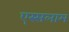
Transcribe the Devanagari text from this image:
एस्सलाम